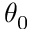
\theta _ { 0 }